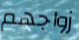
زواجهم